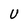
Character: U